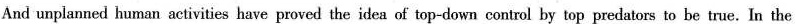
And unplanned human activities have proved the idea of top-down control by top predators to be true.In the